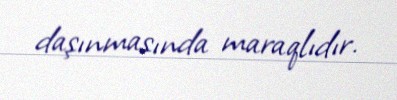
daşınmasında maraqlıdır.